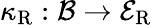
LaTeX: \kappa_{\mathrm{R}}:\mathcal{B}\rightarrow\mathcal{E}_{\mathrm{R}}